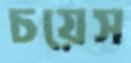
চয়েস